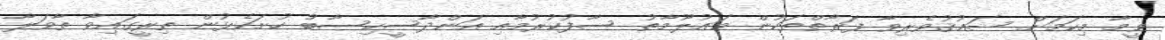
ވީމާ މިކަމަށް ޝައުޤުވެރިވާ ފަރާތްތަކުން މަޢުލޫމާތު ސާފުކުރުމާއި އަންދާސީހިސާބު ހުށަހެޅުން ތިރީގައިވާ ތާވަލާ